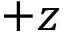
+ z